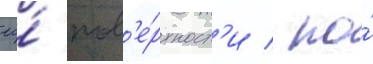
ео́ пов'е́рхност'и / по́